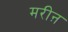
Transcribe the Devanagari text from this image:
मरीऩ